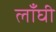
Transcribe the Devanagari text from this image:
लाँघी